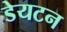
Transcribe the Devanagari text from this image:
डेयटन